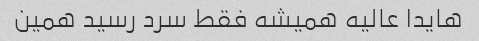
هایدا عالیه همیشه فقط سرد رسید همین